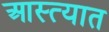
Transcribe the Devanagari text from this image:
आस्त्यात